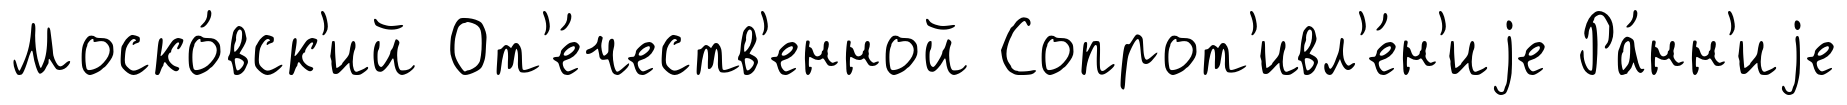
Моско́вск'ий От'е́честв'енной Сопрот'ивл'е́н'иjе Ра́нн'иjе